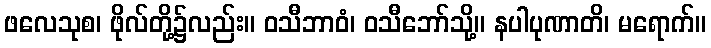
ဖလေသုစ၊ ဖိုလ်တို့၌လည်း။ ဝသီဘာဝံ၊ ဝသီဘော်သို့။ နပါပုဏာတိ၊ မရောက်။